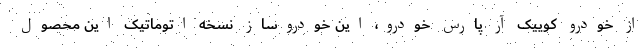
از خودرو کوییک آر پارس خودرو، این خودروساز نسخه اتوماتیک این محصول